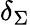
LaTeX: \delta_{\Sigma}